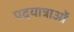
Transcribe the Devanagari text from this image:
पदयात्राओं